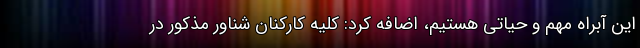
این آبراه مهم و حیاتی هستیم، اضافه کرد: کلیه کارکنان شناور مذکور در